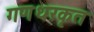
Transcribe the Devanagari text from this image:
गणधरकृत